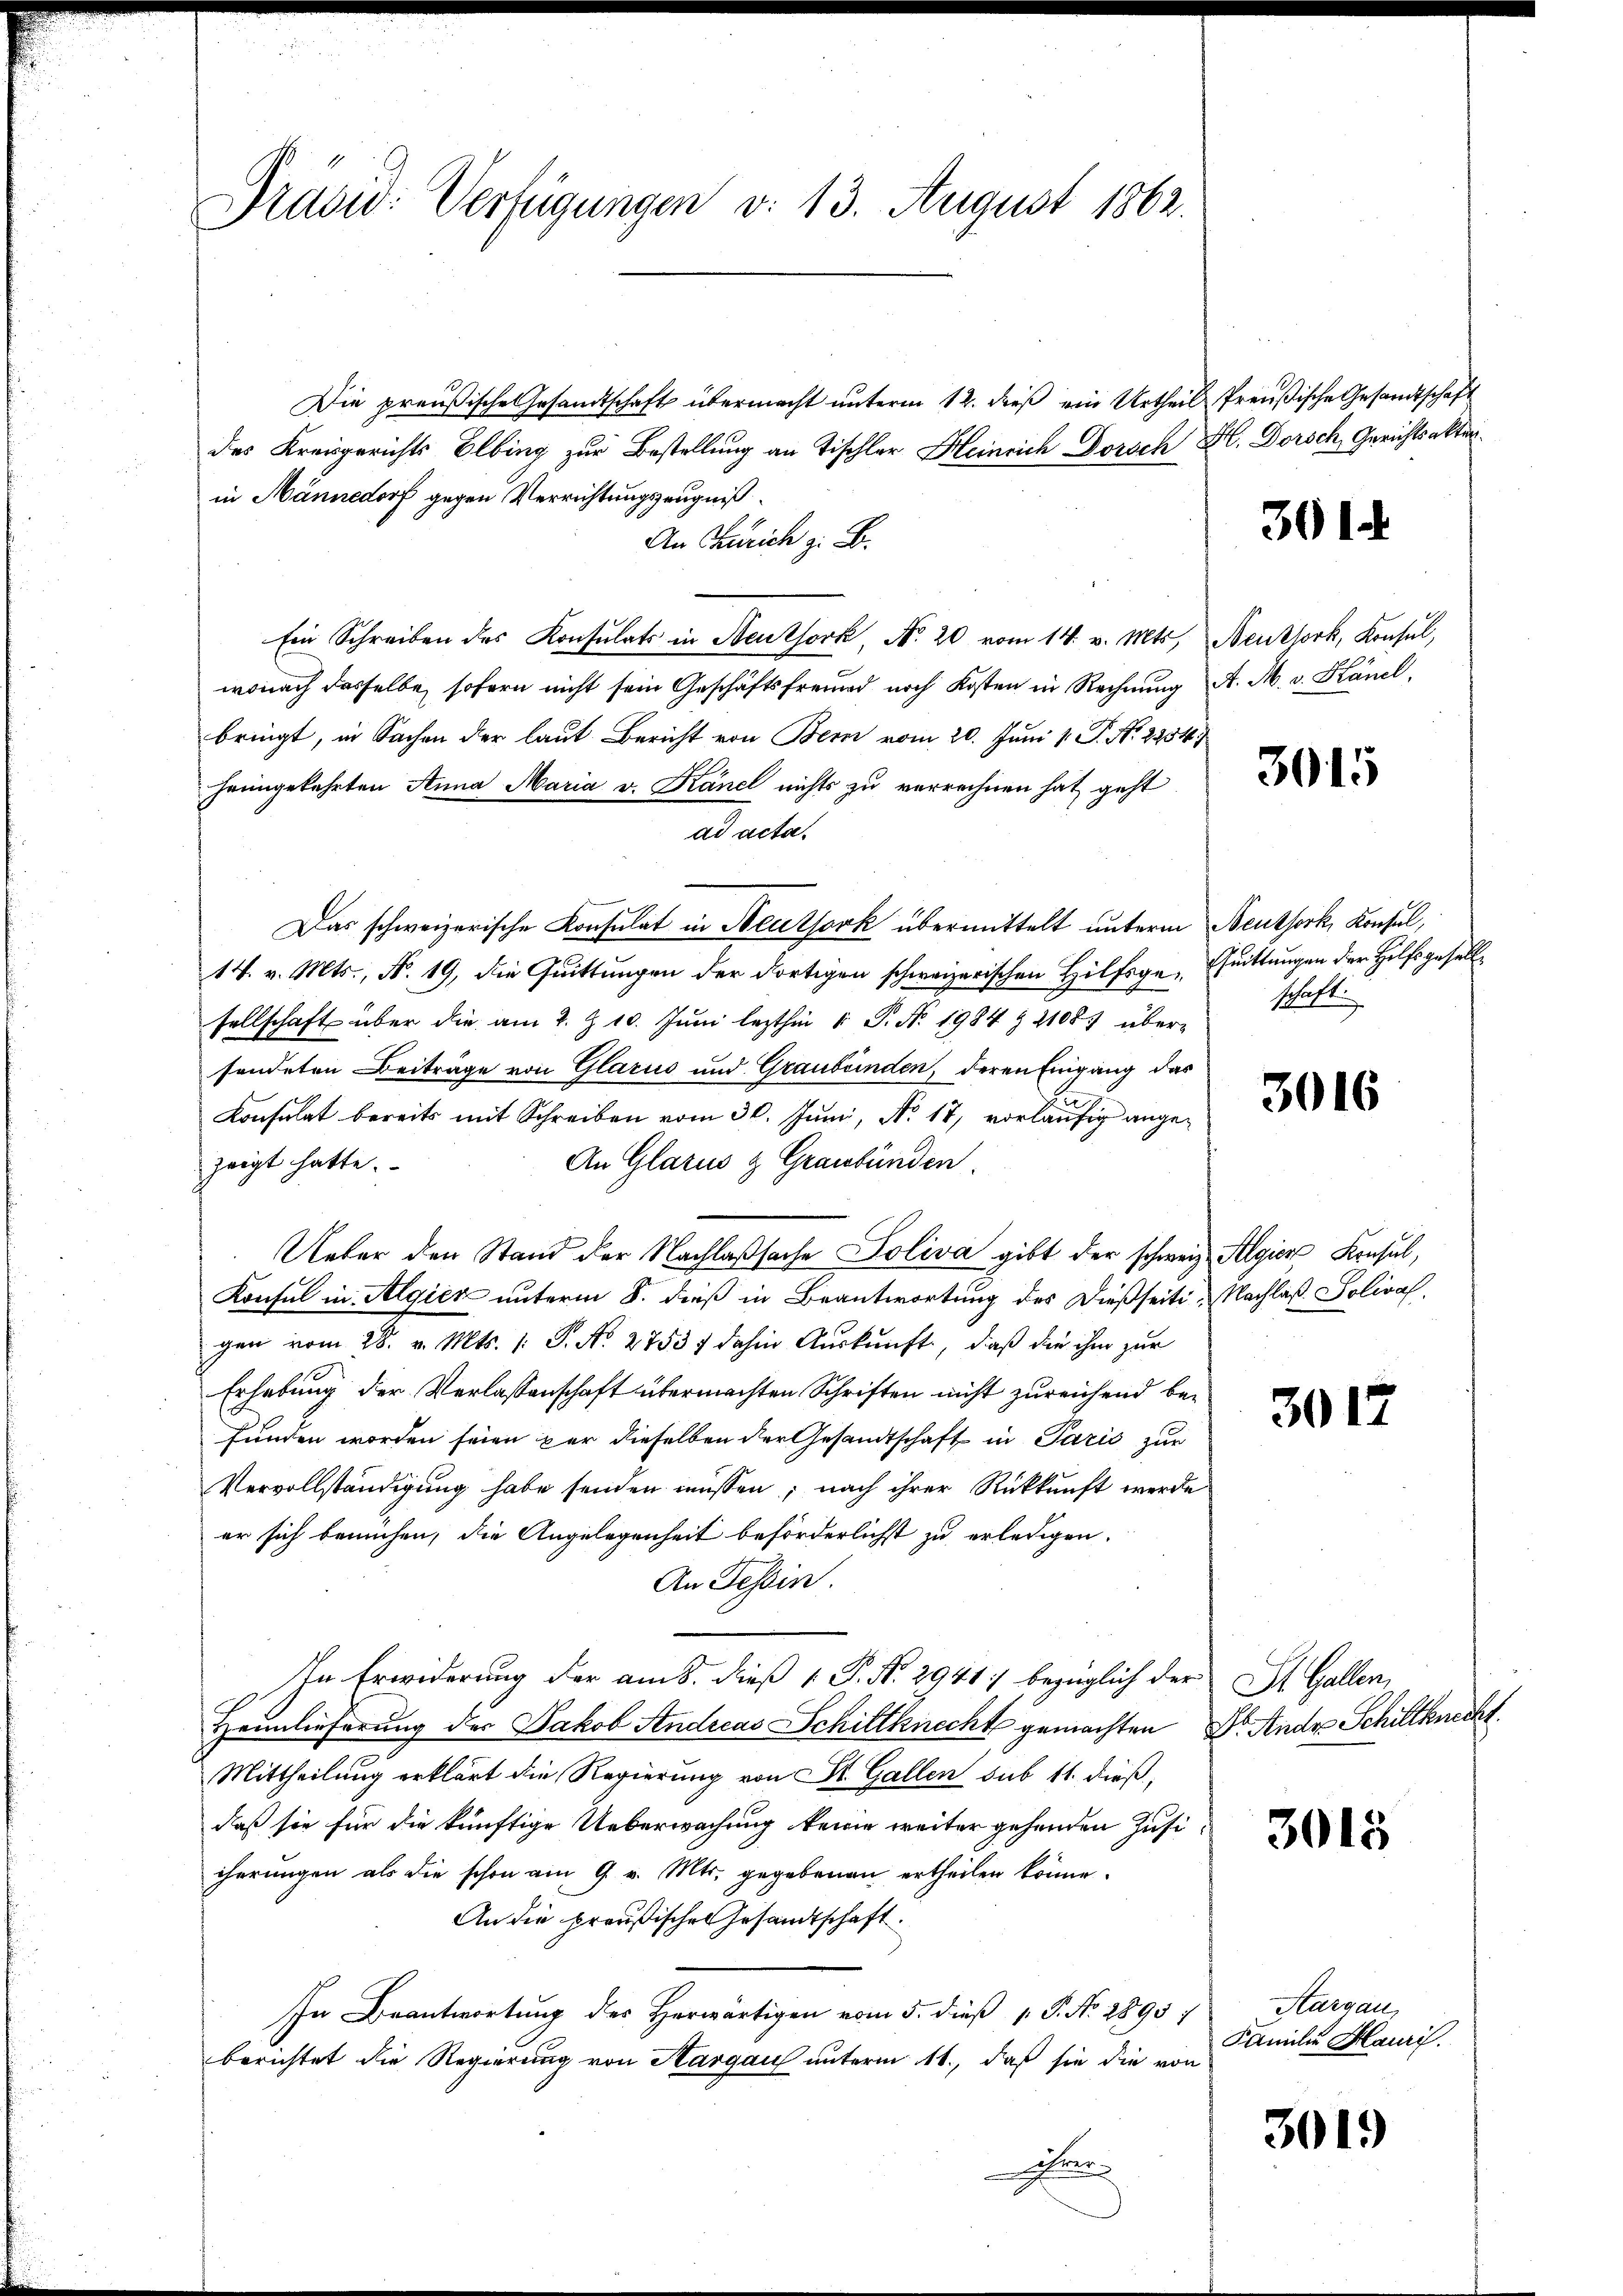
Drasw: Verfügungen v. 13. August 1862.

Die preußische Gesandtschaft übermacht unterm 12. dieß ein Urtheil Preußische Gesandtschaft
des Kreisgerichts Elbing zur Bestellung an Tischler Heinrich Dorsch H. Dorsch, Gerichtsakter
in Männedorf gegen Verrichtungszeugniß
An Zürich z. B.
Ein Schreiben des Konsulats in Neuthork N. 20 vom 14. v. Mts., Neuthork, Konsul,
wonach dasselbe, sofern nicht sein Geschäftsfreund noch Kosten in Rechnung A. M. v. Känel,
bringt, in Sachen der laut Bericht von Bern vom 20. Juni 1. P. No. 2954.)
heimgekehrten Anna Maria v. Känel nichts zu verrechnen hat geht
ad acta
Das schweizerische Konsulat in Neuthork übermittelt unterm Neuthork, Konsul,
14. v. Mts., N. 19, die Quittungen der dortigen schweizerischen Hilfsge- Quittungen der Hilfsgesellsellschaft über die am 2. Z. 10. Juni lezthin 1 S. Nr. 1984 § 2108 übersendeten Beiträge von Glarus und Graubünden, deren Eingang das
u
Konsulat bereits mit Schreiben vom 30. Juni, No. 18, vorläufig ange¬
An Glarus & Graubünden.
zeigt hatte.
Ueber den Stand der Nachlaßsache Soliva gibt der schweiz. Algien Konsul,
Konsul in Algier unterm 8. dieß in Beantwortung des dießseitigen vom 28. v. Mts. 1 S. No. 2753/ dahin Aŭskŭnft, daß die ihm zur
Erhebung der Verlassenschaft übermachten Schriften nicht zureichend befunden worden seien par dieselben der Gesandtschaft in Paris zur
Vervollständigung habe senden müssen; nach ihrer Rückkunft werde
er sich bemühen, die Angelegenheit beförderlichst zu erledigen.
An Tessin.
In Erwiderung der am 8. dieß 1 P. Nr. 2941) bezüglich der
Heimlieferung der Jakob Andreas Schiltknecht gemachten Dr. Ander Schiltknecht.
Mittheilung erklärt die Regierung von St. Gallen sub 11. dieß,
daß sie für die künftige Ueberwachung keine weiter gehenden Zusicherungen als die schon am 9. v. Mts. gegebenen ertheilen könne.
An die preußische Gesandtschaft.
In Beantwortung des Herwärtigen vom 5. dieß P. No. 2895)
berichtet die Regierung von Hargau unterm 11., daß sie die von
Ehren

3014

3015

schaft.

3016

Nachlaß Solival

3017

St. Gallen,

3015

Aargau,
Familie Mauri

3019)